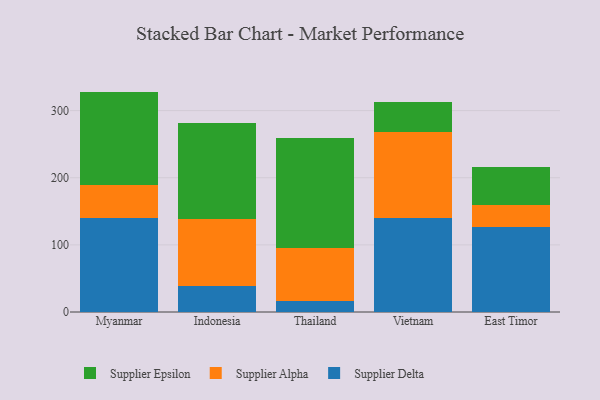
{"axis": {"x": "Country", "y": "Production Output"}, "legend": ["Supplier Alpha", "Supplier Delta", "Supplier Epsilon"], "data": [{"x": "Myanmar", "y": 140.3, "type": "Supplier Delta"}, {"x": "Myanmar", "y": 48.9, "type": "Supplier Alpha"}, {"x": "Myanmar", "y": 139.1, "type": "Supplier Epsilon"}, {"x": "Indonesia", "y": 38.9, "type": "Supplier Delta"}, {"x": "Indonesia", "y": 99.1, "type": "Supplier Alpha"}, {"x": "Indonesia", "y": 144.1, "type": "Supplier Epsilon"}, {"x": "Thailand", "y": 16.8, "type": "Supplier Delta"}, {"x": "Thailand", "y": 79.2, "type": "Supplier Alpha"}, {"x": "Thailand", "y": 163.3, "type": "Supplier Epsilon"}, {"x": "Vietnam", "y": 139.9, "type": "Supplier Delta"}, {"x": "Vietnam", "y": 127.9, "type": "Supplier Alpha"}, {"x": "Vietnam", "y": 45.6, "type": "Supplier Epsilon"}, {"x": "East Timor", "y": 126.6, "type": "Supplier Delta"}, {"x": "East Timor", "y": 32.4, "type": "Supplier Alpha"}, {"x": "East Timor", "y": 57.4, "type": "Supplier Epsilon"}]}